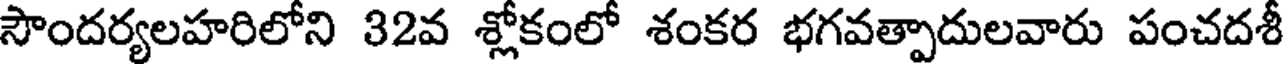
సౌందర్యలహరిలోని 32వ శ్లోకంలో శంకర భగవత్పాదులవారు పంచదశీ